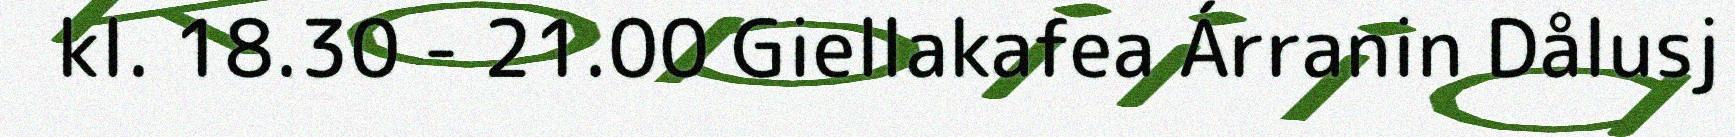
kl. 18.30 - 21.00 Giellakafea Árranin Dålusj